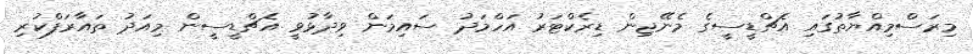
މިރަސްމިއްޔާތުގައި އެޗްޑީސީގެ މެނޭޖިން ޑިރެކްޓަރު އަހްމަދު ސައިމަން ވިދާޅުވީ އެޗްޑީސީން މިއަދު ތައާރަފްކުރި